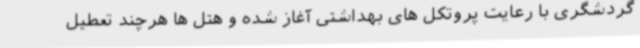
گردشگری با رعایت پروتکل های بهداشتی آغاز شده و هتل ها هرچند تعطیل